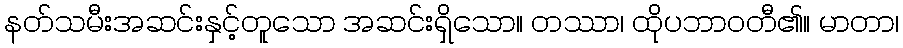
နတ်သမီးအဆင်းနှင့်တူသော အဆင်းရှိသော။ တဿာ၊ ထိုပဘာဝတီ၏။ မာတာ၊